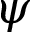
\psi